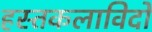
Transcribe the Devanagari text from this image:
हस्तकलाविदों